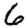
Digit: 6